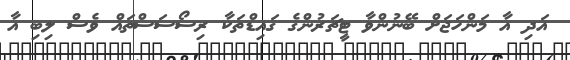
އަދި އާ މަންހަޖަށް ބޭނުންވާ ޓީޗަރުންގެ ގައިޑްތަކާ ރިސޯސަސްތައް ވެސް ލިބި އާ